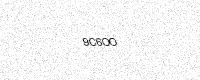
Text: 9C6OO